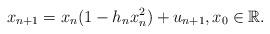
LaTeX: \begin{align*}x_{n+1}=x_n(1-h_nx_n^2)+u_{n+1}, x_0\in \mathbb R.\end{align*}